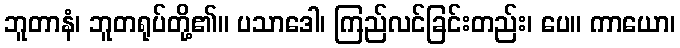
ဘူတာနံ၊ ဘူတရုပ်တို့၏။ ပသာဒေါ၊ ကြည်လင်ခြင်းတည်း၊ ပေ။ ကာယော၊